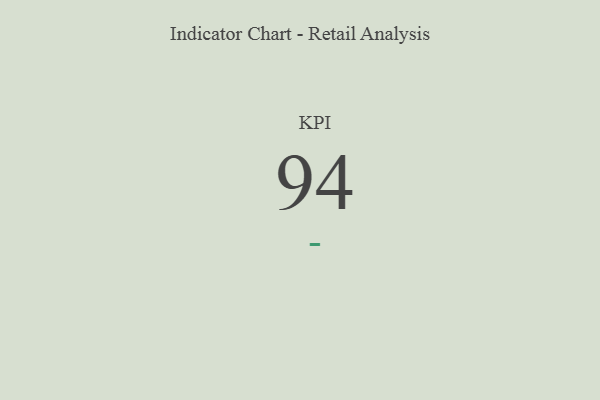
{"axis": {"x": "KPI", "y": "Value"}, "legend": [""], "data": [{"x": "KPI", "y": 94, "type": ""}]}